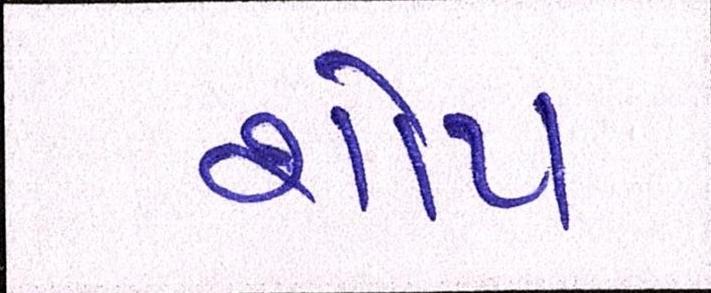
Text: શોપ